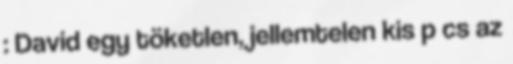
: David egy töketlen, jellemtelen kis p cs az